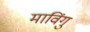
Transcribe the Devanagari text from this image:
माविंगु